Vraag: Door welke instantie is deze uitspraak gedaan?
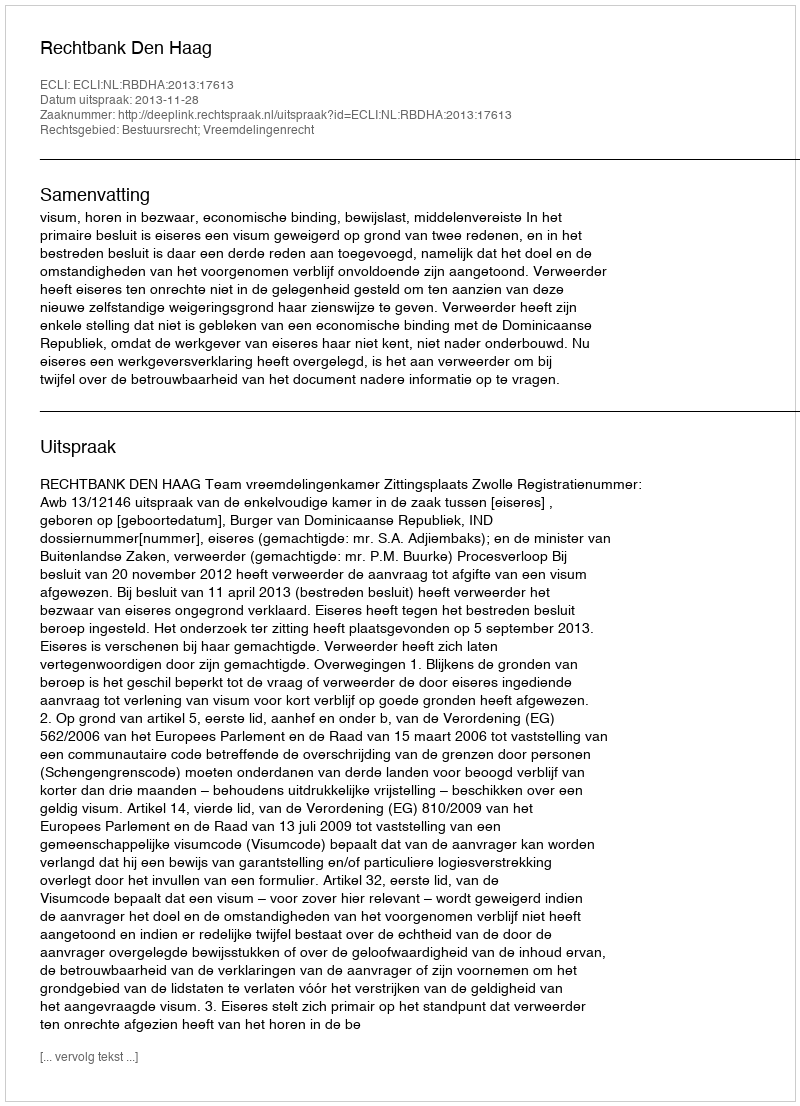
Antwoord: Rechtbank Den Haag